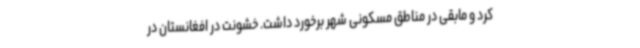
کرد و مابقی در مناطق مسکونی شهر برخورد داشت. خشونت در افغانستان در